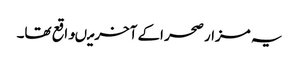
یہ مزار صحر اکے آخرمیںواقع تھا۔